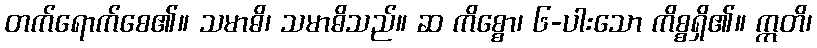
တက်ရောက်စေ၏။ သမာဓိ၊ သမာဓိသည်။ ဆ ကိစ္စော၊ ၆-ပါးသော ကိစ္စရှိ၏။ ဣတိ၊